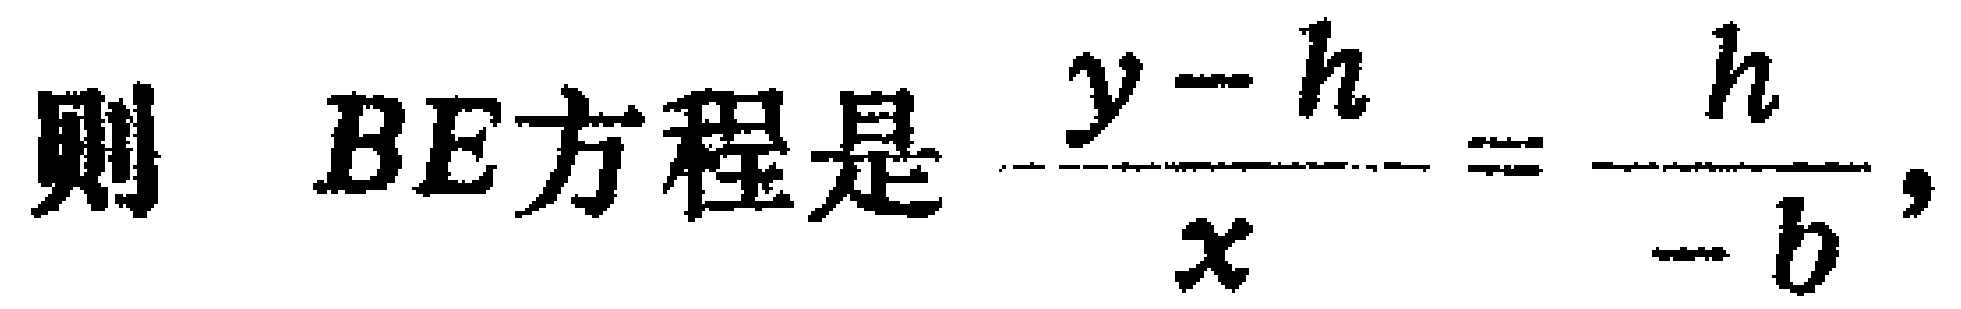
则 \(BE\)方程是 \(\frac{y - h}{x}=\frac{h}{- b}\)，